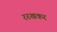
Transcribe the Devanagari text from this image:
ररखकर